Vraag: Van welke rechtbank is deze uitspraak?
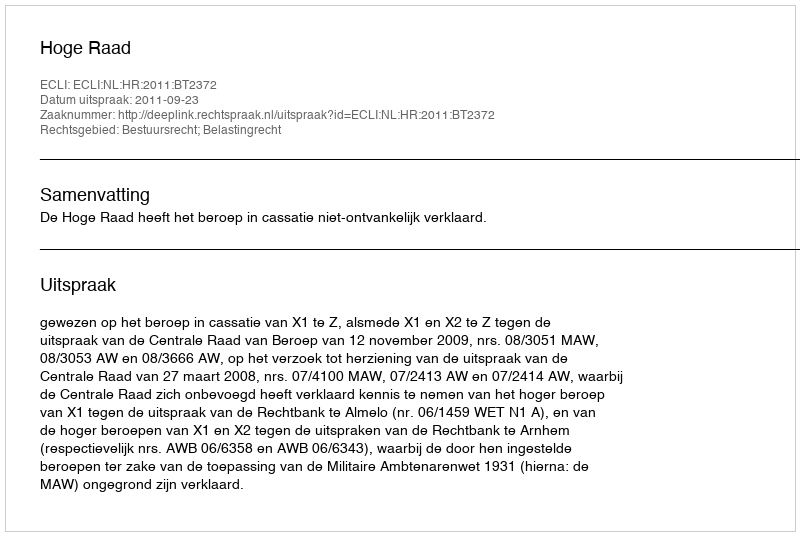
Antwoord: Hoge Raad